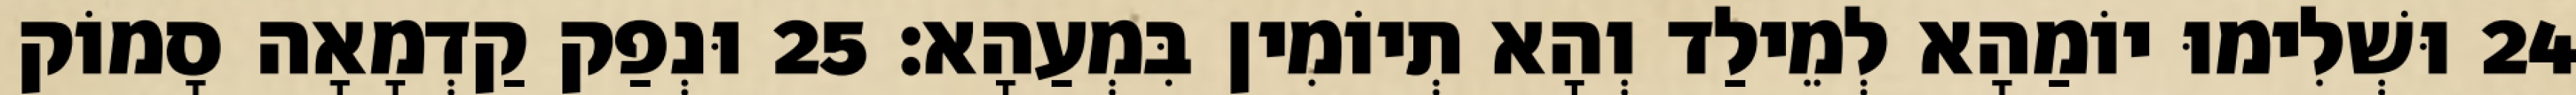
24 וּשְׁלִימוּ יוֹמַהָא לְמֵילַד וְהָא תְיוֹמִין בִּמְעַהָא׃ 25 וּנְפַק קַדְמָאָה סָמוֹק